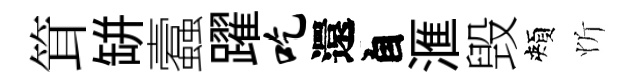
䇯缾蠧躍吃還自滙毁頰忻